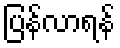
ပြန်လာရန်